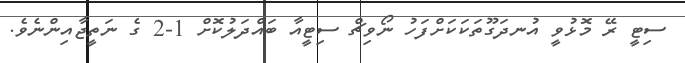
ސިޓީ ރޭ މޮޅުވީ އުނދަގޫތަކަކަށްފަހު ނޯވިޗް ސިޓީއާ ބައްދަލުކޮށް 1-2 ގެ ނަތީޖާއިންނެވެ.